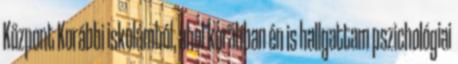
Központ Korábbi iskolámból, ahol korábban én is hallgattam pszichológiai